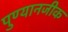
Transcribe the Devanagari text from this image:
पुण्यानजीक